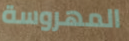
المهروسة